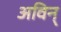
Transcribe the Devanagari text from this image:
अविन्